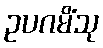
ဥပဂမိံသု